Civil Veterinary Dept. Assam report 1927-50 - 1927-1950
Year: 1927
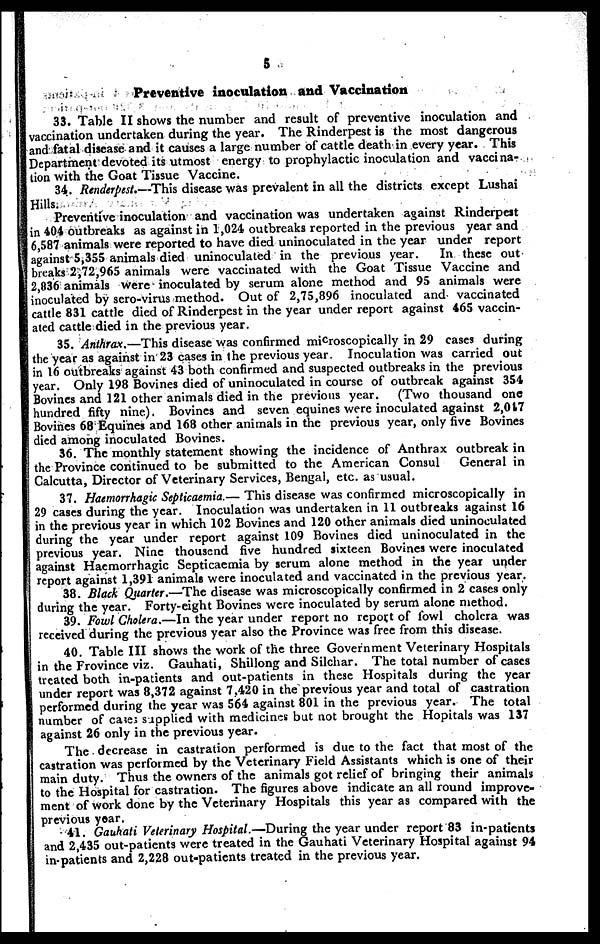
5
Preventive inoculation and Vaccination
33. Table II shows the number and result of preventive inoculation and
vaccination undertaken during the year. The Rinderpest is the most dangerous
and fatal disease and it causes a large number of cattle death in every year. This
Department devoted its utmost energy to prophylactic inoculation and vaccina-
tion with the Goat Tissue Vaccine.
34. Renderpest.—This disease was prevalent in all the districts except Lushai
Hills.
Preventive inoculation and vaccination was undertaken against Rinderpest
in 404 outbreaks as against in 1,024 outbreaks reported in the previous year and
6,587 animals were reported to have died uninoculated in the year under report
against 5,355 animals died uninoculated in the previous year.
In these out
breaks 2,72,965 animals were vaccinated with the Goat Tissue Vaccine and
2,836 animals were inoculated by serum alone method and 95 animals were
inoculated by sero-virus method. Out of 2,75,896 inoculated and vaccinated
cattle 831 cattle died of Rinderpest in the year under report against 465 vaccin-
ated cattle died in the previous year.
35. Anthrax.—This disease was confirmed microscopically in 29 cases during
the year as against in 23 cases in the previous year. Inoculation was carried out
in 16 outbreaks against 43 both confirmed and suspected outbreaks in the previous
year. Only 198 Bovines died of uninoculated in course of outbreak against 354
Bovines and 121 other animals died in the previous year.
(Two thousand one
hundred fifty nine). Bovines and seven equines were inoculated against 2,017
Bovines 68 Equines and 168 other animals in the previous year, only five Bovines
died among inoculated Bovines.
36. The monthly statement showing the incidence of Anthrax outbreak in
the Province continued to be submitted to the American Consul
General in
Calcutta, Director of Veterinary Services, Bengal, etc. as usual.
37. Haemorrhagic Septicaemia.— This disease was confirmed microscopically in
29 cases during the year. Inoculation was undertaken in 11 outbreaks against 16
in the previous year in which 102 Bovines and 120 other animals died uninoculated
during the year under report against 109 Bovines died uninoculated in the
previous year. Nine thousend five hundred sixteen Bovines were inoculated
against Haemorrhagic Septicaemia by serum alone method in the year under
report against 1,391 animals were inoculated and vaccinated in the previous year.
38. Black Quarter.—The disease was microscopically confirmed in 2 cases only
during the year. Forty-eight Bovines were inoculated by serum alone method.
39. Fowl Cholera.—In the year under report no report of fowl cholera was
received during the previous year also the Province was free from this disease.
40. Table III shows the work of the three Government Veterinary Hospitals
in the Frovince viz. Gauhati, Shillong and Silchar. The total number of cases
treated both in-patients and out-patients in these Hospitals during the year
under report was 8,372 against 7.420 in the previous year and total of castration
performed during the year was 564 against 801 in the previous year. The total
number of cases supplied with medicines but not brought the Hopitals was 137
against 26 only in the previous year.
The decrease in castration performed is due to the fact that most of the
castration was performed by the Veterinary Field Assistants which is one of their
main duty. Thus the owners of the animals got relief of bringing their animals
to the Hospital for castration. The figures above indicate an all round improve-
ment of work done by the Veterinary Hospitals this year as compared with the
previous year.
41. Gauhati Veterinary Hospital.—During the year under report 83 in-patients
and 2,435 out-patients were treated in the Gauhati Veterinary Hospital against 94
in-patients and 2,228 out-patients treated in the previous year.